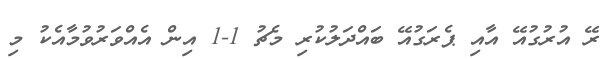
ރޭ އުރުގުއޭ އާއި ޕެރަގުއޭ ބައްދަލުކުރި މެޗު 1-1 އިން އެއްވަރުވުމާއެކު މި